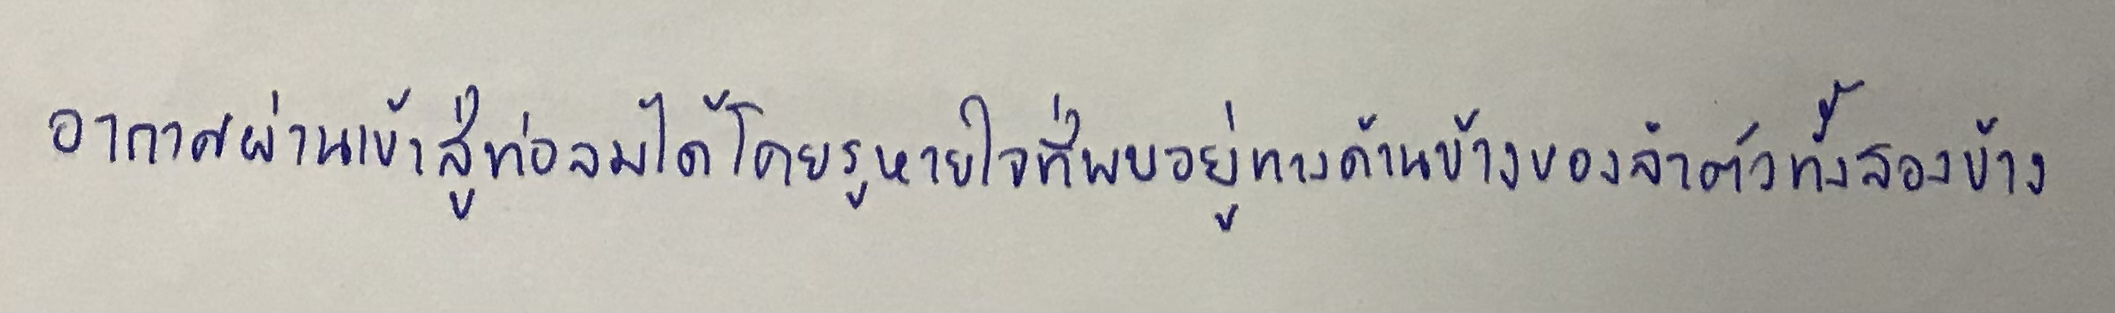
อากาศผ่านเข้าสู่ท่อลมได้โดยรูหายใจที่พบอยู่ทางด้านข้างของลำตัวทั้งสองข้าง